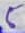
Text: 5